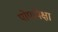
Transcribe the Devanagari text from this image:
पोपांपेक्षा